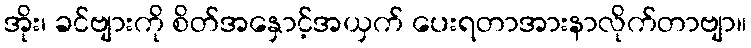
အိုး၊ ခင်ဗျားကို စိတ်အနှောင့်အယှက် ပေးရတာအားနာလိုက်တာဗျာ။